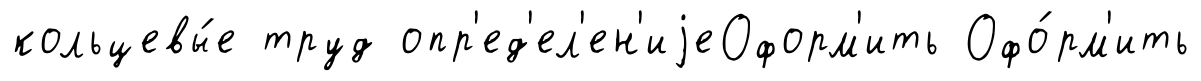
кольцевы́е труд опр'ед'ел'ен'иjеОформ'ить Офо́рм'ить